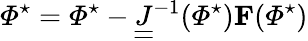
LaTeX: \mathbf{\varPhi}^{\star}=\mathbf{\varPhi}^{\star}-\underline{{\underline{{J}}}}^{-1}(\mathbf{\varPhi}^{\star})\mathbf{F}(\mathbf{\varPhi}^{\star})